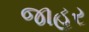
જાહર